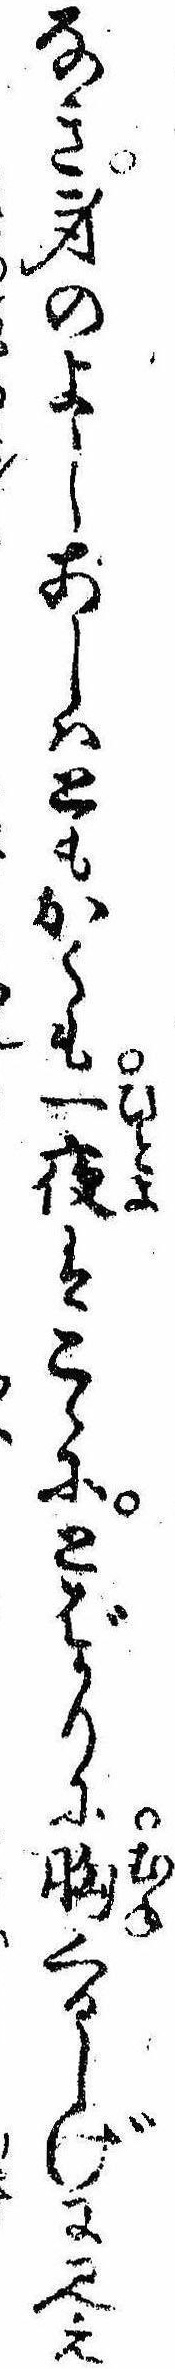
なき身のよしあしはともかくも一夜はこゝにとばかりに胸くるしげに見え